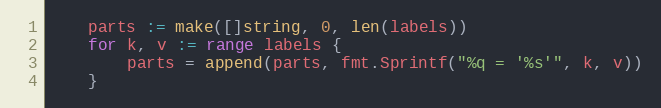
Language: Go
	parts := make([]string, 0, len(labels))
	for k, v := range labels {
		parts = append(parts, fmt.Sprintf("%q = '%s'", k, v))
	}